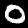
Label: 0